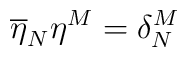
\overline{\eta }_{N}\eta ^{M}=\delta ^{M}_{N}